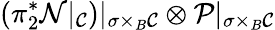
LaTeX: (\pi_{2}^{*}{\cal N}|_{{\cal{C}}})|_{\sigma\times_{B}{\cal{C}}}\otimes{\cal{P}}|_{\sigma\times_{B}{\cal{C}}}